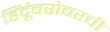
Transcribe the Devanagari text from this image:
हिंदूंबरोबरची